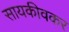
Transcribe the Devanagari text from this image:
सायकीवकर